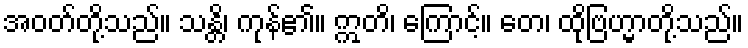
အဝတ်တို့သည်။ သန္တိ၊ ကုန်၏။ ဣတိ၊ ကြောင့်။ တေ၊ ထိုဗြဟ္မာတို့သည်။